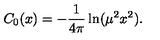
C _ { 0 } ( x ) = - \frac { 1 } { 4 \pi } \ln ( \mu ^ { 2 } x ^ { 2 } ) .